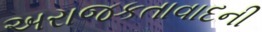
અરાજકતાવાદની